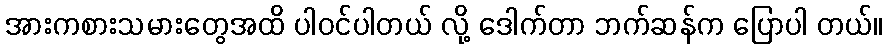
အားကစားသမားတွေအထိ ပါဝင်ပါတယ် လို့ ဒေါက်တာ ဘက်ဆန်က ပြောပါ တယ်။